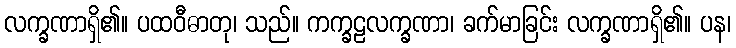
လက္ခဏာရှိ၏။ ပထဝီဓာတု၊ သည်။ ကက္ခဠလက္ခဏာ၊ ခက်မာခြင်း လက္ခဏာရှိ၏။ ပန၊